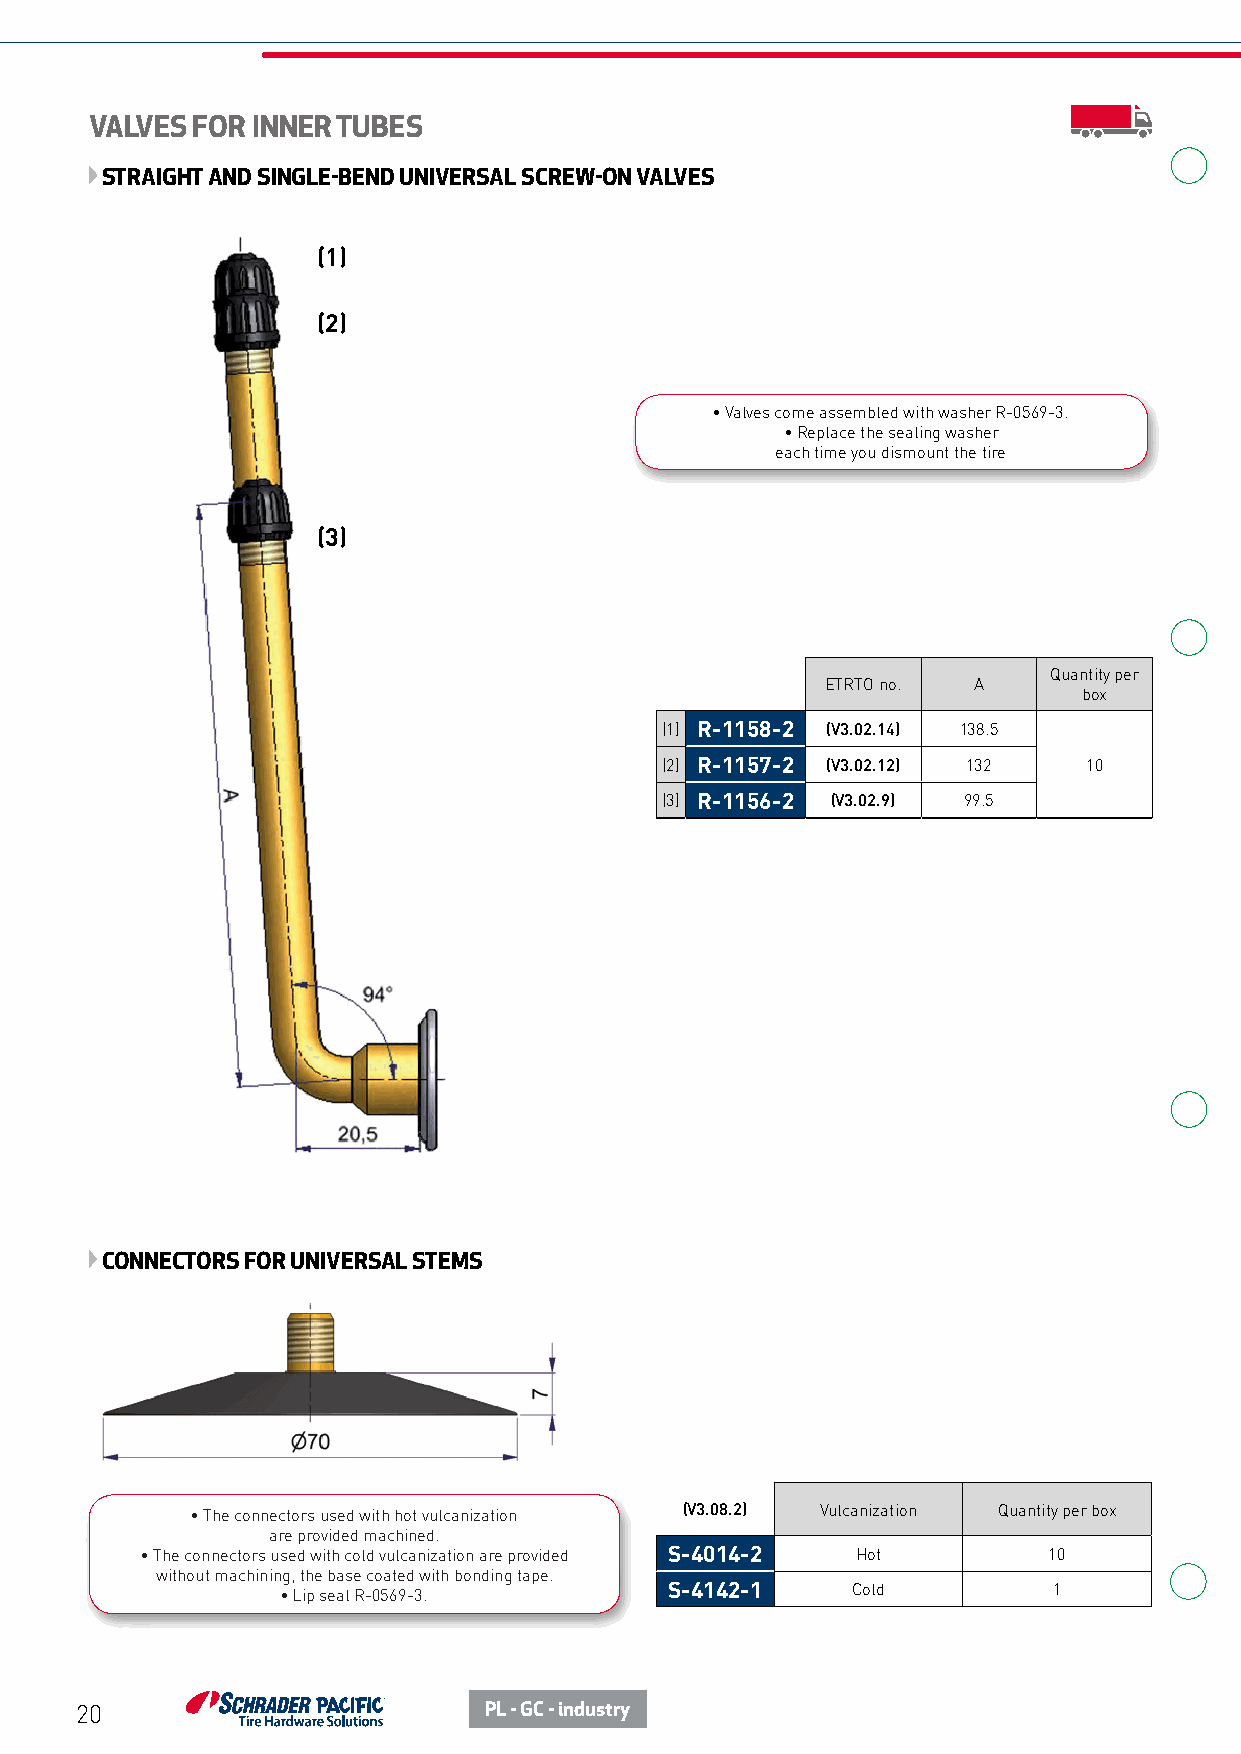
VALVES FOR INNER TUBES
 STRAIGHT AND SINGLE-BEND UNIVERSAL SCREW-ON VALVES
 (1)
 (2)
 • Valves come assembled with washer R-0569-3.
 • Replace the sealing washer
 each time you dismount the tire
 (3)
 Quantity per
 ETRTO no. A
 box
 (1) R-1158-2 (V3.02.14) 138.5
 (2) R-1157-2 (V3.02.12) 132 10
 (3) R-1156-2 (V3.02.9) 99.5
 CONNECTORS FOR UNIVERSAL STEMS
 • The connectors used with hot vulcanization (V3.08.2) Vulcanization Quantity per box
 are provided machined.
 • The connectors used with cold vulcanization are provided S-4014-2 Hot 10
 without machining, the base coated with bonding tape.
 • Lip seal R-0569-3.     S-4142-1    Cold          1
 20                         PL - GC - industry